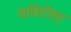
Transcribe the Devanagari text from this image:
सावित्रीसह